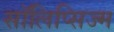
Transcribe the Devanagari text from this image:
सॉलिप्सिज्म